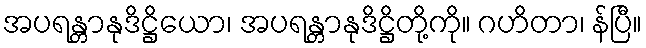
အပရန္တာနုဒိဋ္ဌိယော၊ အပရန္တာနုဒိဋ္ဌိတို့ကို။ ဂဟိတာ၊ န်ပြီ။